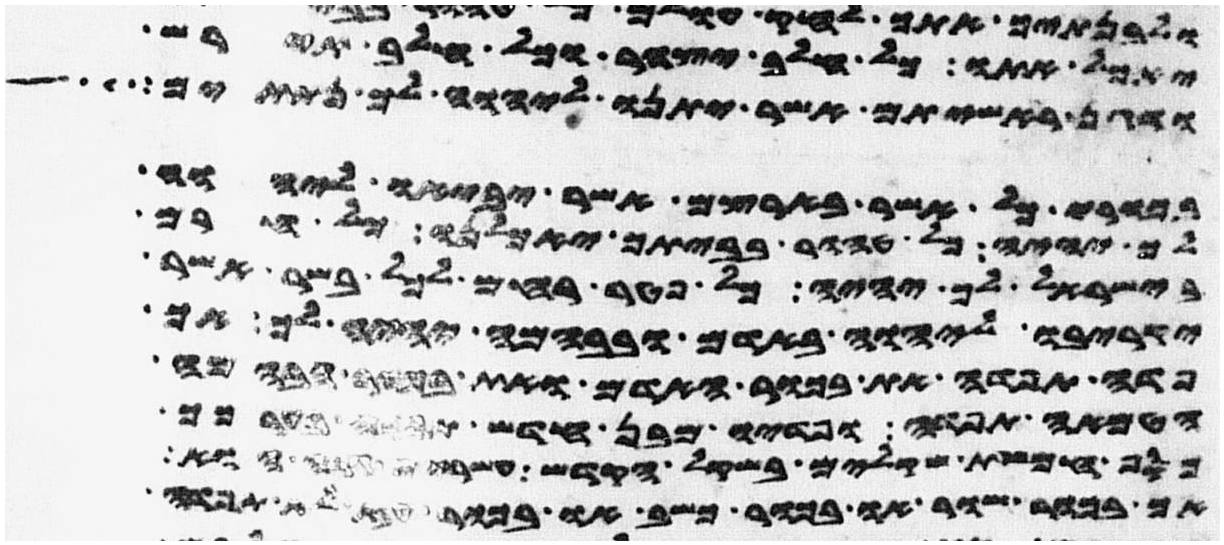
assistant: יאכל אתו כל חלב יצהר וכל חלב תירש
ודגן ראשיתם אשר יתנו ליהוה לך נתתים
בכורי כל אשר בארצם אשר יביאו ליהוה
לך יהיה כל טהור בביתך יאכלנו כל חרם
בישראל לך יהיה כל פטר רחם לכל בשר אשר
יקריבו ליהוה באדם ובבהמה יהיה לך אך
פדה תפדה את בכור האדם ואת בכור הבהמה
הטמאה תפדה ופדיו מבן חדש תפדה בערכך
כסף חמשת שקלים בשקל הקדש עשרים גרה הוא
אך בכור שור או בכור כשב או בכור עז לא תפדה